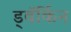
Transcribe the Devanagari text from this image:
ड्वॅर्किन